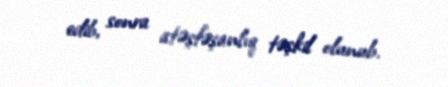
edib, sonra atəşfəşanlıq təşkil olunub.